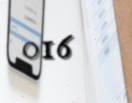
016